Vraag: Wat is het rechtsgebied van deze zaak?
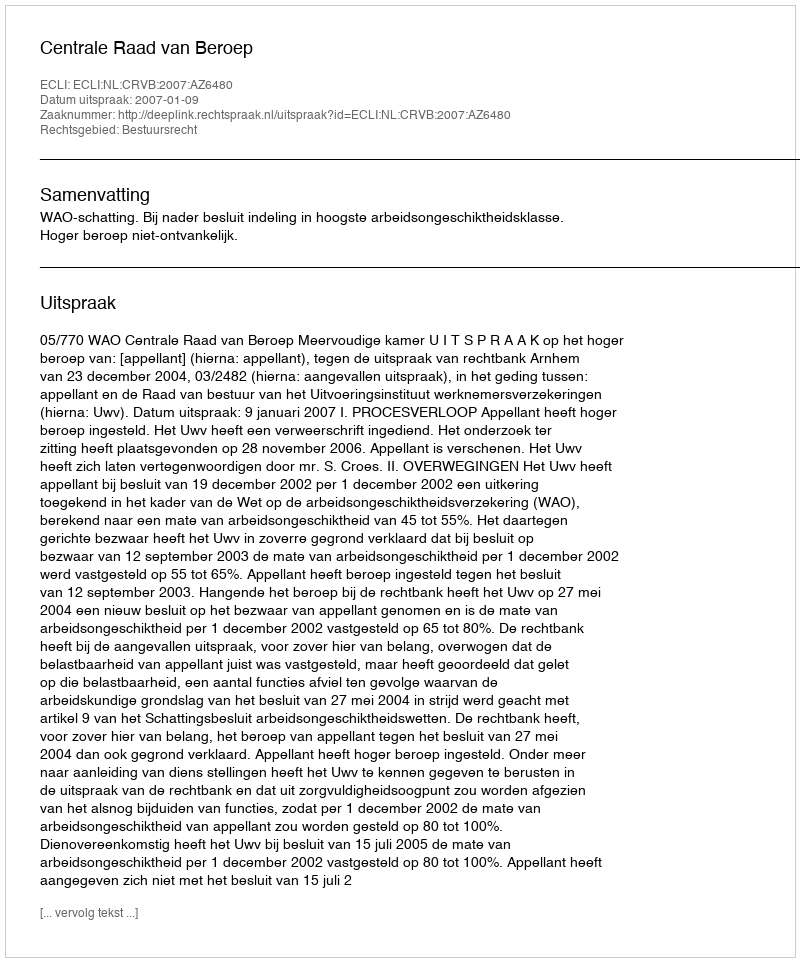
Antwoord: Bestuursrecht